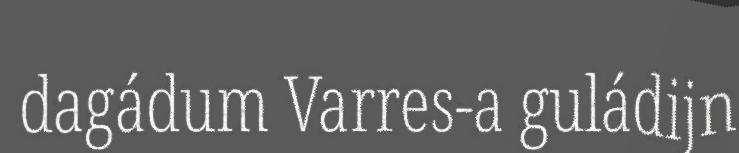
dagádum Varres-a guládijn